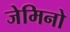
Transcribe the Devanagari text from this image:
जेमिनो